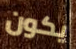
يكون